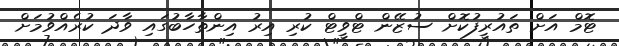
ޓޮމް އަށް ތައުރީފުކޮށް ސުޒޭން ޓްވީޓް ކުރި އިރު އިންތާހާބުގައި ވާދަ ކުރެއްވުމަށް